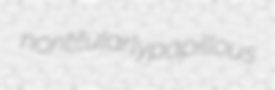
nontitularly papillous